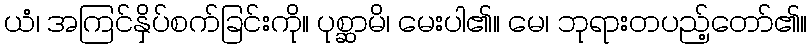
ယံ၊ အကြင်နှိပ်စက်ခြင်းကို။ ပုစ္ဆာမိ၊ မေးပါ၏။ မေ၊ ဘုရားတပည့်တော်၏။